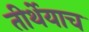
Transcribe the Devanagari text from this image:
तीर्थेयाच